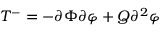
T ^ { - } = - \partial \Phi \partial \varphi + Q \partial ^ { 2 } \varphi